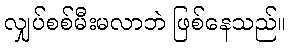
လျှပ်စစ်မီးမလာဘဲ ဖြစ်နေသည်။